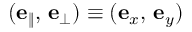
( \mathbf { e } _ { \| } , \, \mathbf { e } _ { \perp } ) \equiv ( \mathbf { e } _ { x } , \, \mathbf { e } _ { y } )